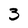
Character: 3